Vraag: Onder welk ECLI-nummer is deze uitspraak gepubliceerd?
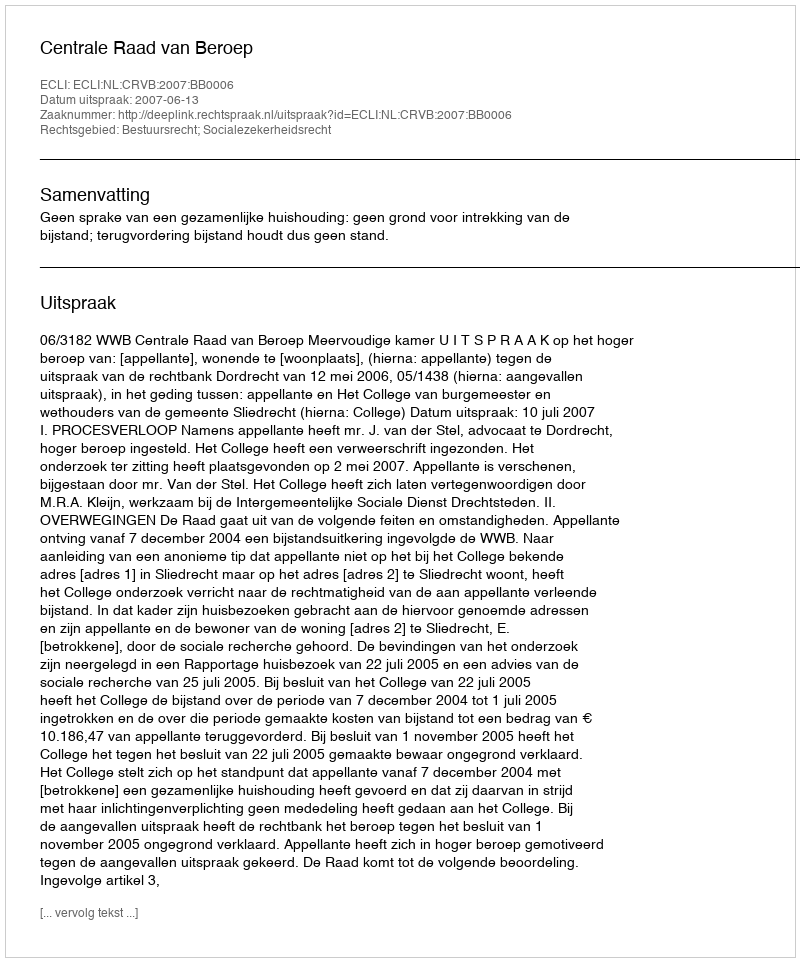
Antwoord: ECLI:NL:CRVB:2007:BB0006